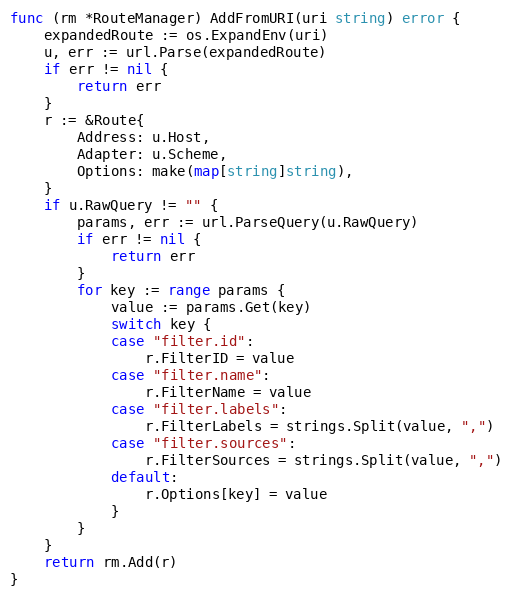
Language: Go
func (rm *RouteManager) AddFromURI(uri string) error {
	expandedRoute := os.ExpandEnv(uri)
	u, err := url.Parse(expandedRoute)
	if err != nil {
		return err
	}
	r := &Route{
		Address: u.Host,
		Adapter: u.Scheme,
		Options: make(map[string]string),
	}
	if u.RawQuery != "" {
		params, err := url.ParseQuery(u.RawQuery)
		if err != nil {
			return err
		}
		for key := range params {
			value := params.Get(key)
			switch key {
			case "filter.id":
				r.FilterID = value
			case "filter.name":
				r.FilterName = value
			case "filter.labels":
				r.FilterLabels = strings.Split(value, ",")
			case "filter.sources":
				r.FilterSources = strings.Split(value, ",")
			default:
				r.Options[key] = value
			}
		}
	}
	return rm.Add(r)
}